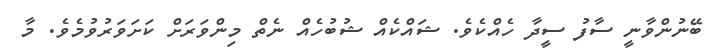
ބޭނުންވާނީ ސާފު ސީދާ ހެއްކެވެ. ޝައްކެއް ޝުބުހެއް ނެތް މިންވަރަށް ކަށަވަރުވުމެވެ. މާ